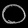
Digit: ၀